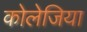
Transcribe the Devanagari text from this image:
कोलेजिया